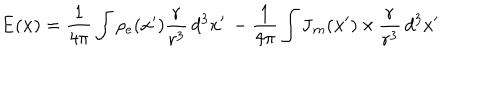
\mathbf { E } ( \mathbf { x } ) = \frac { 1 } { 4 \pi } \int \rho _ { e } ( \mathbf { x } ^ { \prime } ) \frac { \mathbf { r } } { r ^ { 3 } } \, d ^ { 3 } x ^ { \prime } \, - \frac { 1 } { 4 \pi } \int \mathbf { J } _ { m } ( \mathbf { x } ^ { \prime } ) \, { \bf \times } \, \frac { \mathbf { r } } { r ^ { 3 } } \, d ^ { 3 } x ^ { \prime }